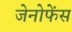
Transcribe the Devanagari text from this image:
जेनोफेंस